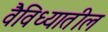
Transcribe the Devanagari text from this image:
वैविध्यातील